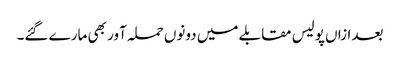
بعد ازاں پولیس مقابلے میں دونوں حملہ آور بھی مارے گئے۔